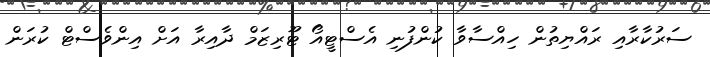
ސަރުކާރާއި ރައްޔިތުން ހިއްސާވާ ކުންފުނި އެސްޓީއޯ ޓޫރިޒަމް ދާއިރާ އަށް އިންވެސްޓް ކުރަން